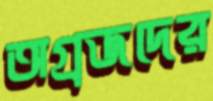
অগ্রজদের